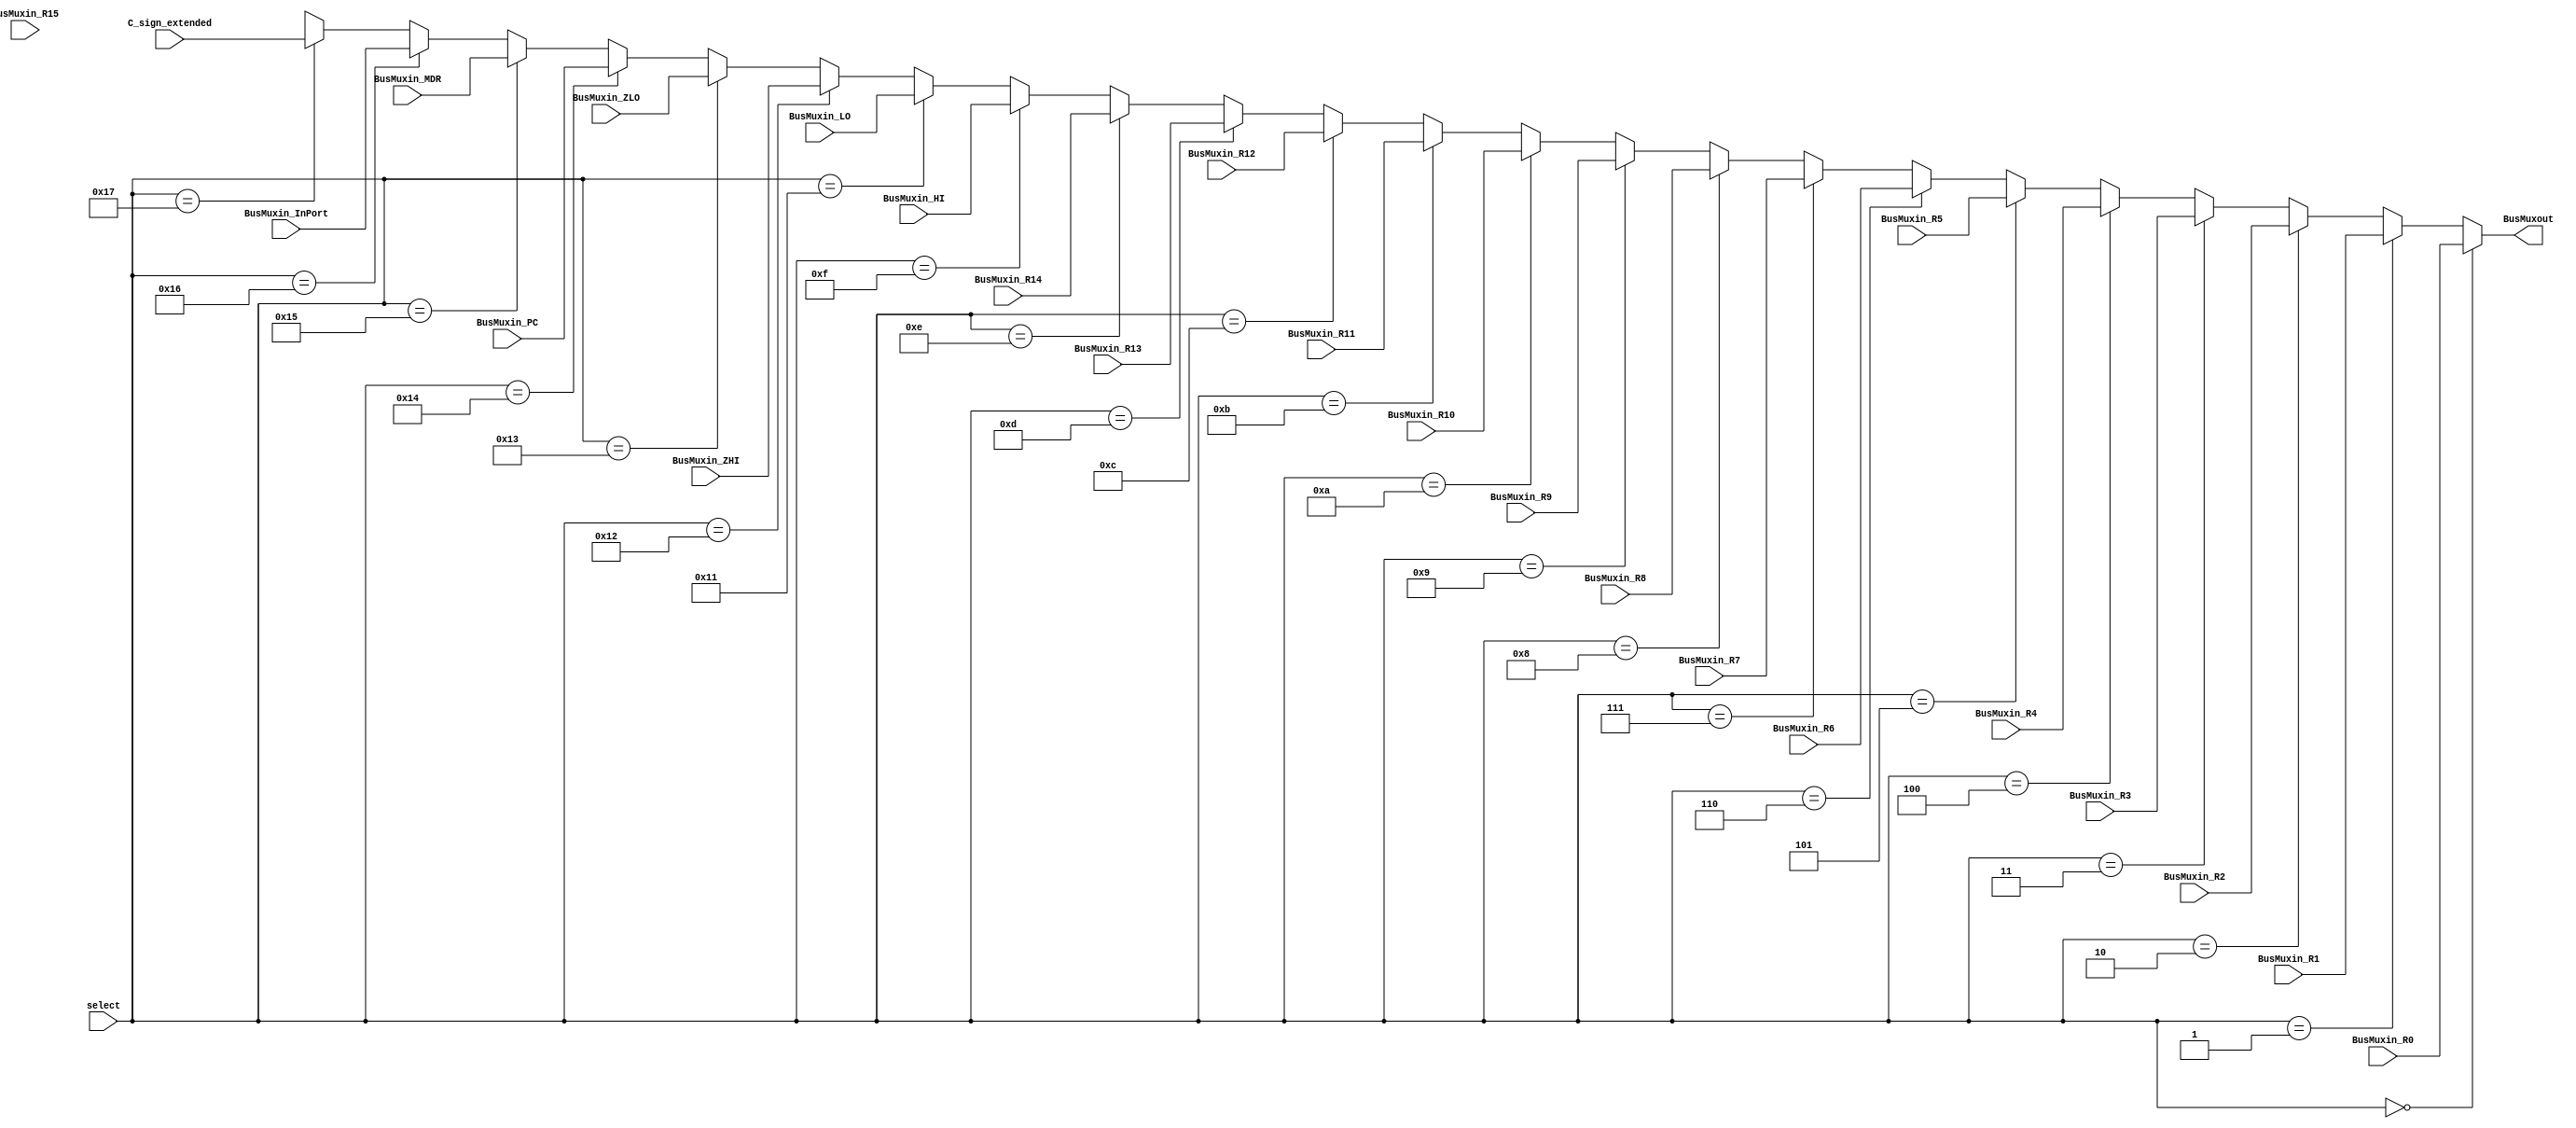
module BusMux (input [31:0] BusMuxin_R0, BusMuxin_R1, BusMuxin_R2, BusMuxin_R3, BusMuxin_R4, BusMuxin_R5, BusMuxin_R6, BusMuxin_R7, 
									 BusMuxin_R8, BusMuxin_R9, BusMuxin_R10, BusMuxin_R11, BusMuxin_R12, BusMuxin_R13, BusMuxin_R14, BusMuxin_R15,
									 BusMuxin_HI, BusMuxin_LO, BusMuxin_ZHI, BusMuxin_ZLO, BusMuxin_PC, BusMuxin_MDR, BusMuxin_InPort, C_sign_extended,
									 input [4:0] select,
									 output [31:0] BusMuxout);
reg [31:0] mux_int;					 
always @ (BusMuxin_R0, BusMuxin_R1, BusMuxin_R2, BusMuxin_R3, BusMuxin_R4, BusMuxin_R5, BusMuxin_R6, BusMuxin_R7, 
			 BusMuxin_R8, BusMuxin_R9, BusMuxin_R10, BusMuxin_R11, BusMuxin_R12, BusMuxin_R13, BusMuxin_R14, BusMuxin_R15,
			 BusMuxin_HI, BusMuxin_LO, BusMuxin_ZHI, BusMuxin_ZLO, BusMuxin_PC, BusMuxin_MDR, BusMuxin_InPort, C_sign_extended, select)
	if(select == 0) mux_int = BusMuxin_R0; else
	if(select == 1) mux_int = BusMuxin_R1; else
	if(select == 2) mux_int = BusMuxin_R2; else
	if(select == 3) mux_int = BusMuxin_R3; else
	if(select == 4) mux_int = BusMuxin_R4; else
	if(select == 5) mux_int = BusMuxin_R5; else
	if(select == 6) mux_int = BusMuxin_R6; else
	if(select == 7) mux_int = BusMuxin_R7; else
	if(select == 8) mux_int = BusMuxin_R8; else
	if(select == 9) mux_int = BusMuxin_R9; else
	if(select == 10) mux_int = BusMuxin_R10; else
	if(select == 11) mux_int = BusMuxin_R11; else
	if(select == 12) mux_int = BusMuxin_R12; else
	if(select == 13) mux_int = BusMuxin_R13; else
	if(select == 14) mux_int = BusMuxin_R14; else
	if(select == 15) mux_int = BusMuxin_HI; else
	if(select == 17) mux_int = BusMuxin_LO; else
	if(select == 18) mux_int = BusMuxin_ZHI; else
	if(select == 19) mux_int = BusMuxin_ZLO; else
	if(select == 20) mux_int = BusMuxin_PC; else
	if(select == 21) mux_int = BusMuxin_MDR; else
	if(select == 22) mux_int = BusMuxin_InPort; else
	if(select == 23) mux_int = C_sign_extended; else mux_int = 32'bx;
assign BusMuxout = mux_int;
endmodule